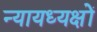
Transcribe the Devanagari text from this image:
न्यायध्यक्षों